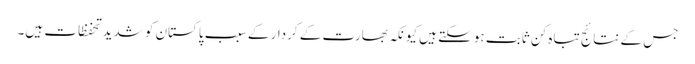
جس کے نتائج تباہ کن ثابت ہوسکتے ہیں کیونکہ بھارت کے کردار کے سبب پاکستان کو شدید تحفظات ہیں۔